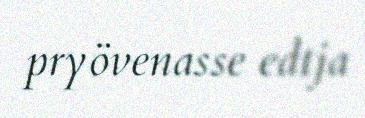
pryövenasse edtja